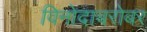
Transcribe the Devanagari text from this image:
विनोदाबरोबर